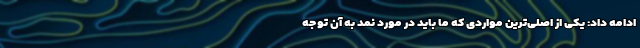
ادامه داد: یکی از اصلی‌ترین مواردی که ما باید در مورد نمد به آن توجه